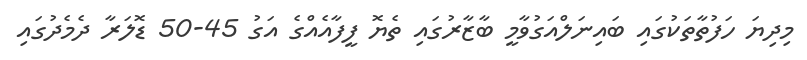
މިދިޔަ ހަފުތާތަކުގައި ބައިނަލްއަގުވާމީ ބާޒާރުގައި ތެޔޮ ފީފާއެއްގެ އަގު 45-50 ޑޮލަރާ ދެމެދުގައި